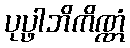
ပုပ္ဖါဘိကိဏ္ဏံ